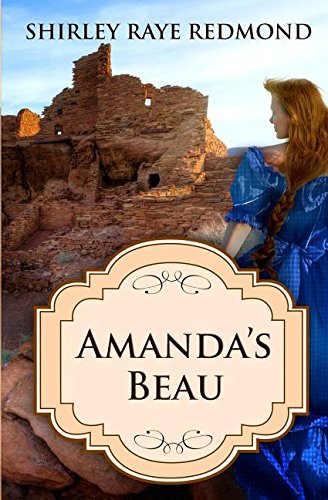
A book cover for Amanda's Beau; Shirley Raye Redmond; Romance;